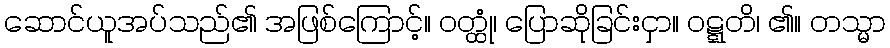
ဆောင်ယူအပ်သည်၏ အဖြစ်ကြောင့်။ ဝတ္ထုံ၊ ပြောဆိုခြင်းငှာ။ ဝဋ္ဋတိ၊ ၏။ တသ္မာ